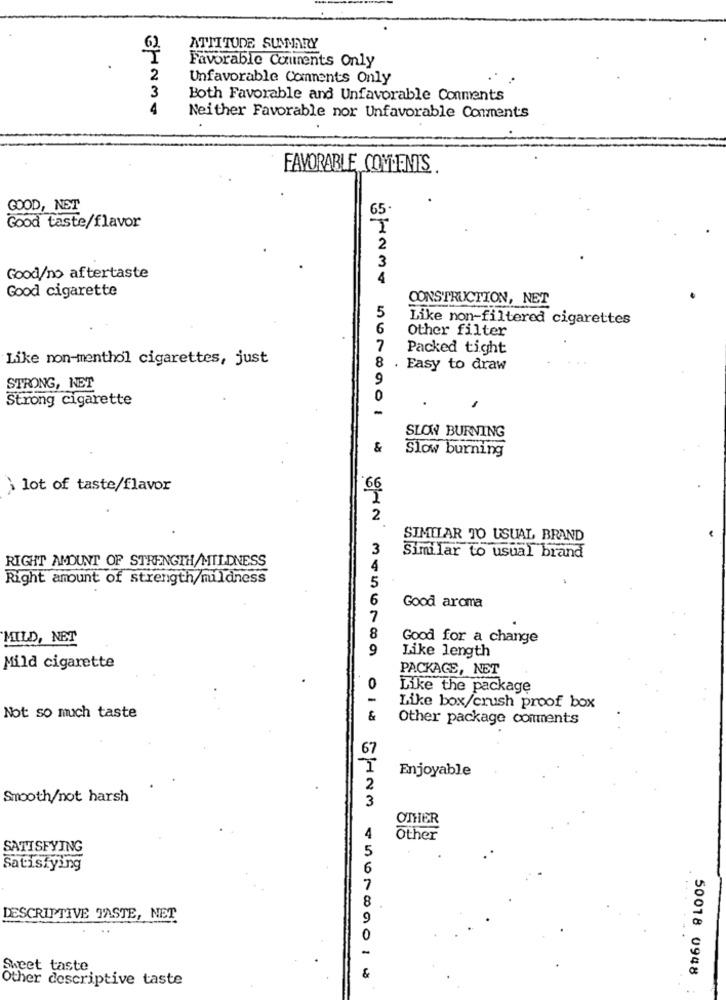
62
ATTITUDE SUMMARY
Favorable Comments Only
2
Unfavorable Comments Only
3
Both Favorable and Unfavorable Conments
4
Neither Favorable nor Unfavorable Comments
FAVORABLE COMMENTS
GOOD, NET
65
Good taste/flavor
2
3
Good/no aftertaste
4
Good cigarette
CONSTRUCTION, NET
5
Like non-filtered cigarettes
6
Other filter
2
Packed tight
Like non-menthol cigarettes, just
8
. Easy to draw
9
STRONG, NET
Strong cigarette
0
-
SLOW BURNING
&
Slow burning
à lot of taste/flavor
66
2
SIMILAR TO USUAL BRAND
3
RIGHT AMOUNT OF STRENGTH/MILDNESS
Similar to usual brand
Right amount of strength/mildness
5
6
Good aroma
7
MILD, NET
8
Good for a change
9
Like length
Mild cigarette
PACKAGE, NET
0
Like the package
-
Like box/crush proof box
Not so much taste
&
Other package comments
67
Enjoyable
2
Smooth/not harsh
3
OTHER
Other
SATISFYING
Satisfying
DESCRIPTIVE TASTE, NET
Sweet taste
50018 0948
Other descriptive taste
OIN CHAM CHONGGOLU